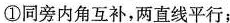
①同旁内角互补，两直线平行；